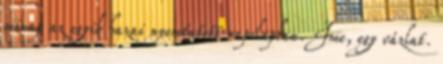
minap az egyik hazai nyomtatott napilapban. Íme, egy vázlat.